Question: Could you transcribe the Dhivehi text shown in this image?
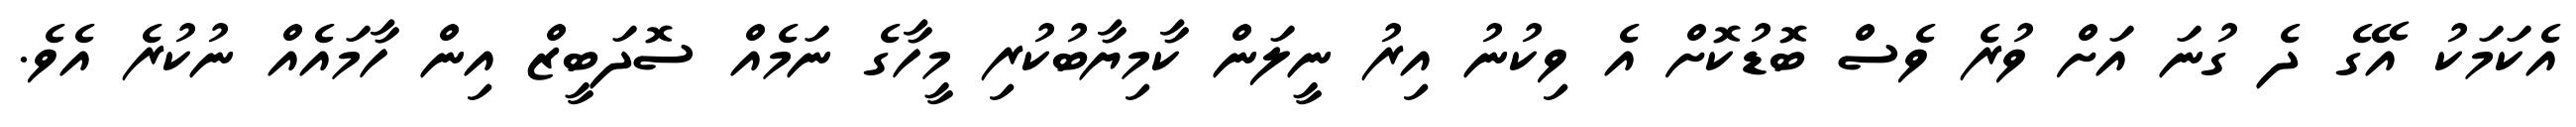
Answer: އެކަމަކު އޭގެ ދެ ގުނަ އަށް ވުރެ ވެސް ބޮޑުކޮށް އެ ވިކުނު އިރު ނީލަން ކާމިޔާބުކުރި މީހާގެ ނަމެއް ސޮދަބީޒް އިން ހާމައެއް ނުކުރެ އެވެ.